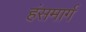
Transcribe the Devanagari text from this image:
हंसमार्ग